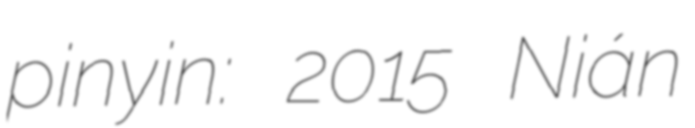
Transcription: pinyin: 2015 Nián